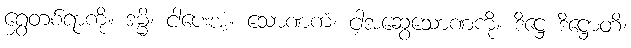
ရွှေတစ်ရာကို။ ဒမ္မိ၊ ငါပေးအံ့။ သောဏကံ၊ ငါ့အဆွေသောဏကို။ ဒိဋ္ဌေ ဒိဋ္ဌောတိ၊